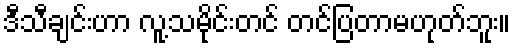
ဒီသီချင်းဟာ လူ့သမိုင်းတင် တင်ပြတာမဟုတ်ဘူး။